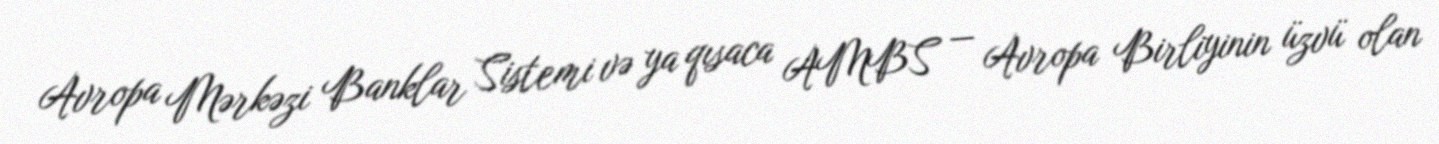
Avropa Mərkəzi Banklar Sistemi və ya qısaca AMBS — Avropa Birliyinin üzvü olan